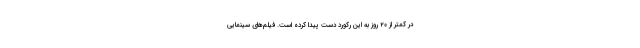
در کمتر از ۲۰ روز به این رکورد دست پیدا کرده است. فیلم‌های سینمایی